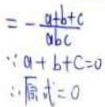
因为\(a + b + c = 0\)，所以\(-\frac{a + b + c}{abc}=0\)，即原式\( = 0\)。